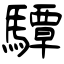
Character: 驔